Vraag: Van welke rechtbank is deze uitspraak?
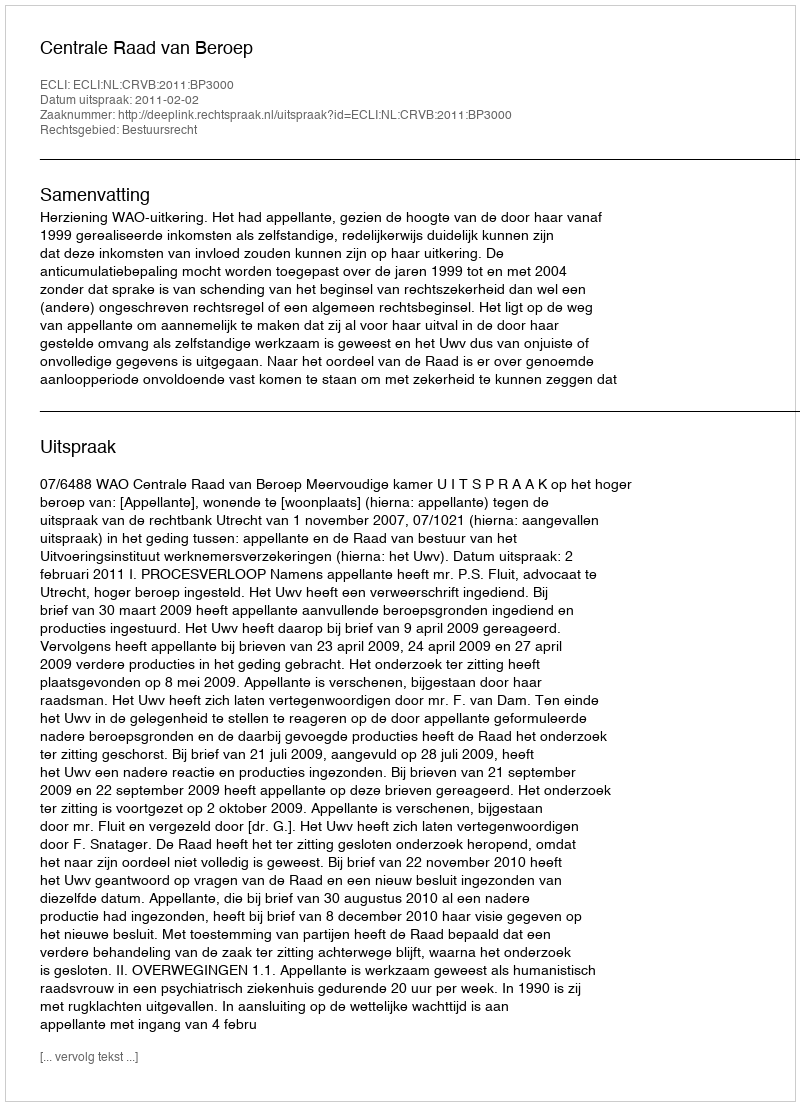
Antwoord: Centrale Raad van Beroep